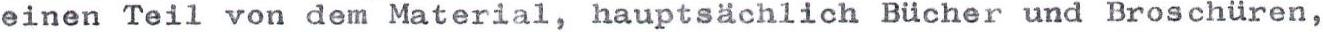
einen Teil von dem Material, hauptsächlich Bücher und Broschüren,